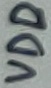
Text: VDD